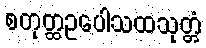
စတုတ္ထဥပေါသထသုတ္တံ